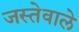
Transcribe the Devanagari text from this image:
जस्तेवाले